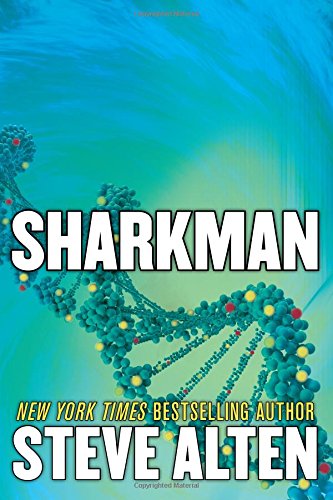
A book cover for Sharkman; Steve Alten; Science Fiction & Fantasy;